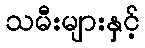
သမီးများနှင့်